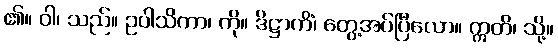
၏။ ဝါ၊ သည်။ ဥပါသိကာ၊ ကို။ ဒိဋ္ဌာကိံ၊ တွေ့အပ်ပြီလော။ ဣတိ၊ သို့။